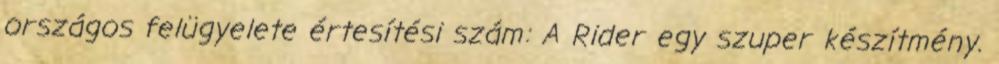
országos felügyelete értesítési szám: A Rider egy szuper készítmény.